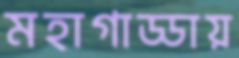
মহাগাড্ডায়